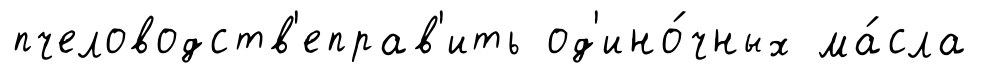
пчеловодств'еправ'ить од'ино́чных ма́сла